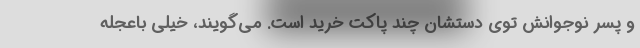
و پسر نوجوانش توی دستشان چند پاکت خرید است. می‌گویند، خیلی باعجله